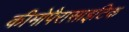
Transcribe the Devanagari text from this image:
कीमोपैरासाइटिक